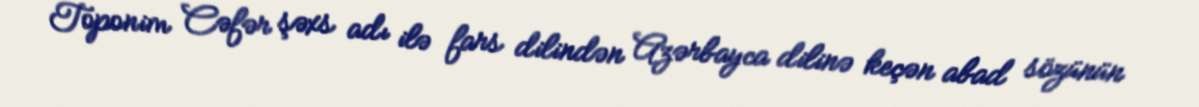
Toponim Cəfər şəxs adı ilə fars dilindən Azərbayca dilinə keçən abad sözünün